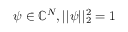
\boldsymbol { \psi } \in \mathbb { C } ^ { N } , | | \boldsymbol { \psi } | | _ { 2 } ^ { 2 } = 1